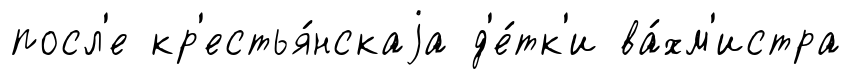
посл'е кр'естья́нскаjа д'е́тк'и ва́хм'истра